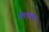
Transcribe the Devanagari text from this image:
मेघदूतात